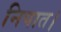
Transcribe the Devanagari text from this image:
निपात।